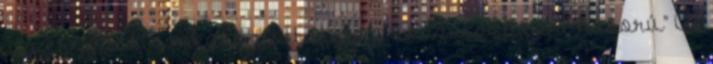
„az erőszak, a megosztottság, az összecsapás, a háború” is.